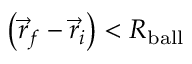
\left( { \vec { r } _ { f } } - { \vec { r } _ { i } } \right) < R _ { \mathrm { b a l l } }